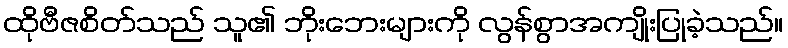
ထိုဗီဇစိတ်သည် သူ၏ ဘိုးဘေးများကို လွန်စွာအကျိုးပြုခဲ့သည်။